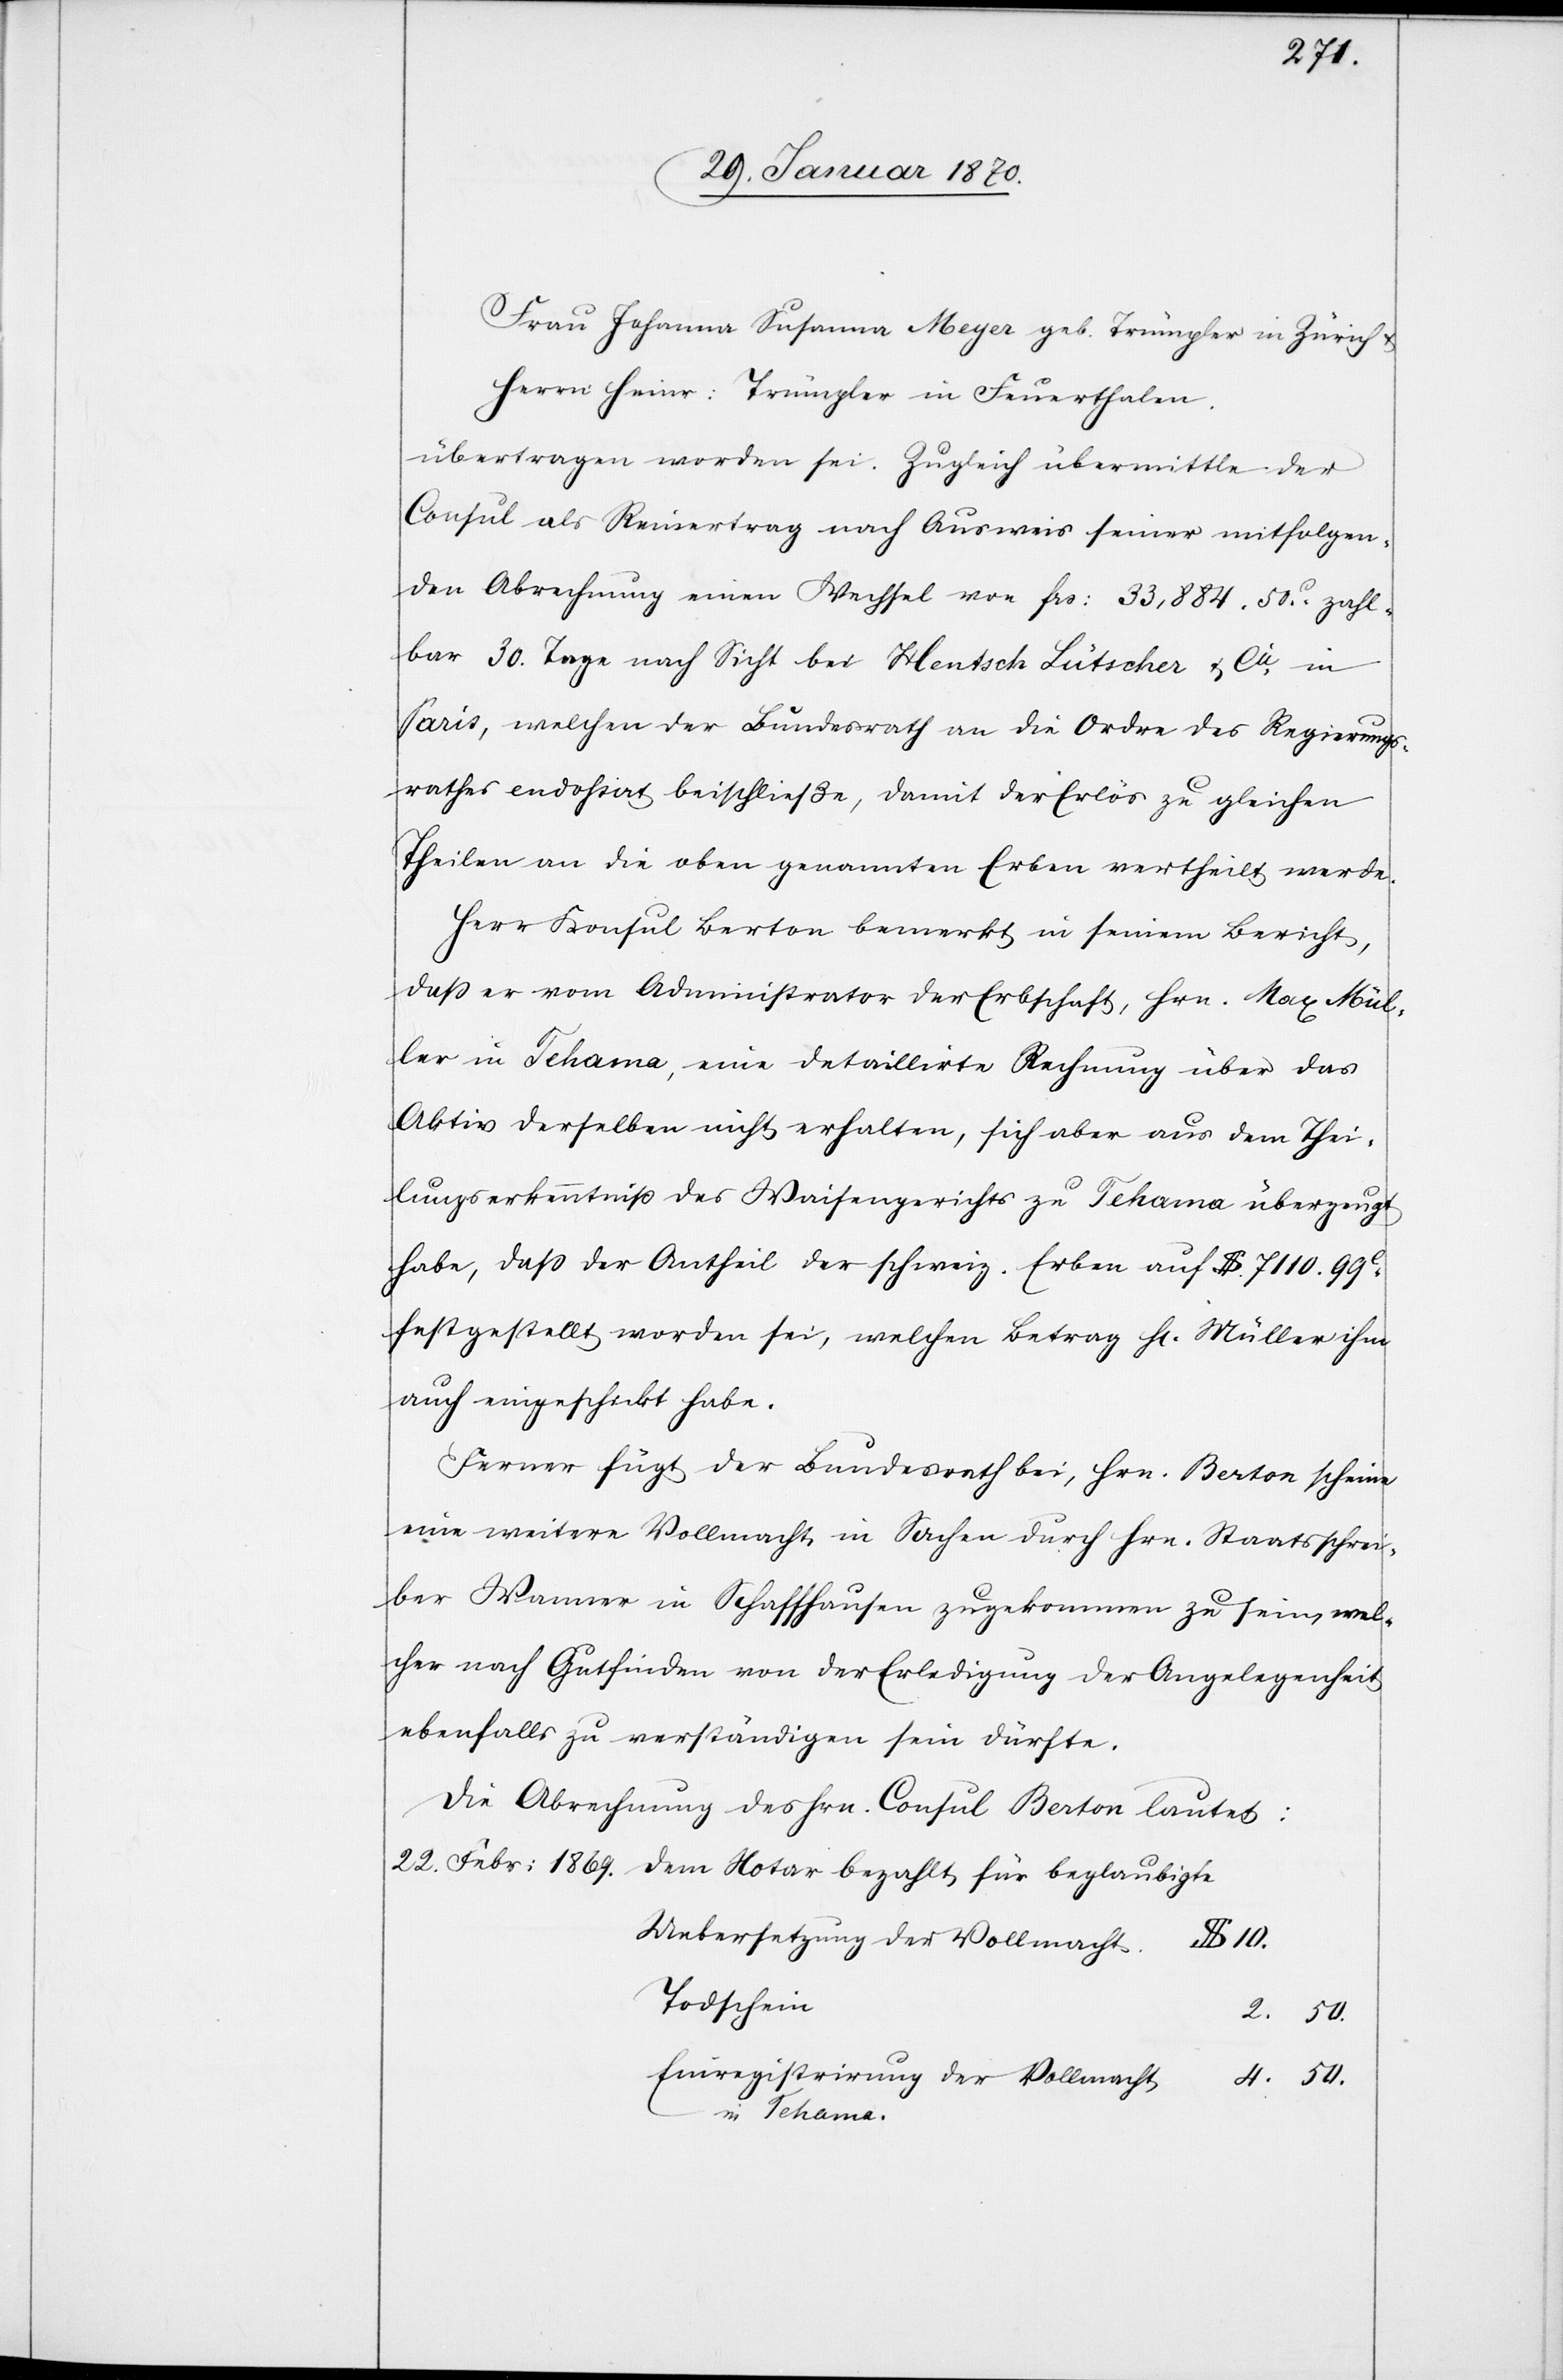
Frau Johanna Susanna Meyer geb. Trümpler in Zürich
Herrn Heinr: Trümpler in Feuerthalen.
übertragen worden sei. Zugleich übermittle der
Consul als Reinertrag nach Ausweis seiner mitfolgen¬
den Abrechnung einen Wechsel von frs: 33,884. 50c. zahl¬
bar 30. Tage nach Sicht bei Hentsch Lütscher & Cie in
Paris, welchen der Bundesrath an die Ordre des Regierungs¬
rathes endohsirt beischließe, damit der Erlös zu gleichen
Theilen an die oben genannten Erben vertheilt werde.
Herr Konsul Berton bemerkt in seinem Bericht,
daß er vom Administrator der Erbschaft, Hrn. Max Mül¬
ler in Tehama, eine detaillirte Rechnung über das
Aktiv derselben nicht erhalten, sich aber aus dem Thei¬
lungserkenntniß des Waisengerichts zu Tehama überzeugt
habe, dass der Antheil der schweiz. Erben auf $. 7110. 99c
festgestellt worden sei, welchen Betrag H[err] Müller ihm
auch eingeschickt habe.
Ferner fügt der Bundesrath bei, Hrn. Berton scheine
eine weitere Vollmacht in Sachen durch Hrn. Staatsschrei¬
ber Wanner in Schaffhausen zugekommen zu sein, wel¬
cher nach Gutfinden von der Erledigung der Angelegenheit
ebenfalls zu verständigen sein dürfte.
Die Abrechnung des Hrn. Consul Berton lautet:
Uebersetzung der Vollmacht.
$
Todschein
Einregistrirung der Vollmacht
in Tehama